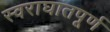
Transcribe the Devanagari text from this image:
स्वराघातपूर्ण